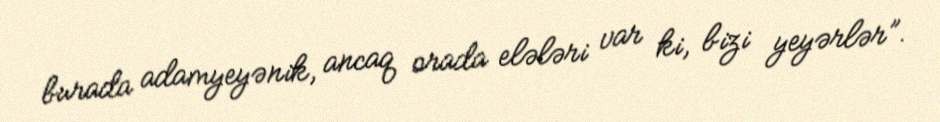
burada adamyeyənik, ancaq orada elələri var ki, bizi yeyərlər”.